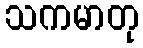
သကမာတု